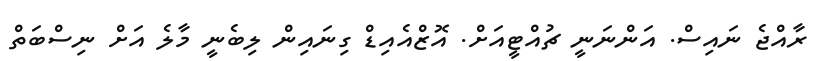
ރާއްޖެ ނައިސް. އަންނަނީ ޗުއްޓީއަށް. އޮޒްއެއިޑް ގިނައިން ލިބެނީ މާލެ އަށް ނިސްބަތް